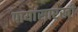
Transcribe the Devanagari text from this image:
पायांसारखी